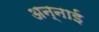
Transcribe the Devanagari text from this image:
अन्नाई